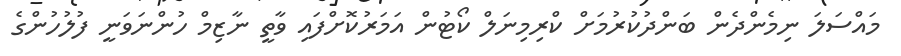
މައްސަލަ ނިމެންދެން ބަންދުކުރުމަށް ކްރިމިނަލް ކޯޓުން އަމަރުކޮށްފައި ވާތީ ނާޒިމް ހުންނަވަނީ ފުލުހުންގެ